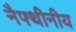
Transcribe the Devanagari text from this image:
नैफ्थीनीय